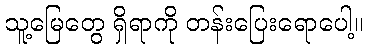
သူ့မြေတွေ ရှိရာကို တန်းပြေးရောပေါ့။